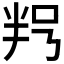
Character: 𠲑